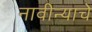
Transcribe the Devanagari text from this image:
नावीन्याचे